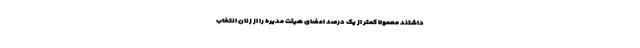
داشتند معمولا کمتر از یک درصد اعضای هیئت مدیره را از زنان انتخاب